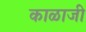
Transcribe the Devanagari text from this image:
काळाजी